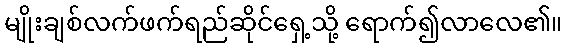
မျိုးချစ်လက်ဖက်ရည်ဆိုင်ရှေ့သို့ ရောက်၍လာလေ၏။